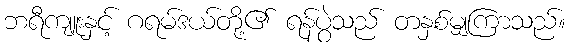
ဘရီကျူးနှင့် ဂရမ်ဒယ်တို့၏ ရန်ပွဲသည် တနှစ်မျှကြာသည်။